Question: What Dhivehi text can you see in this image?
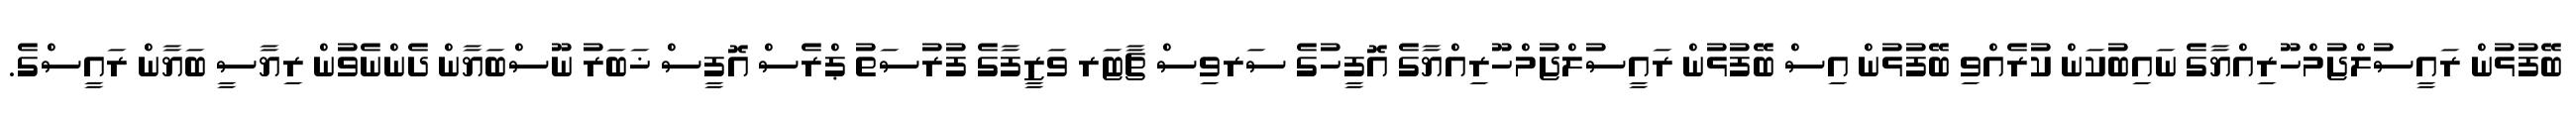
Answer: ބޭފުޅުން ރައީސުލްޖުމްހޫރިއްޔާގެ ނައިބުކަން ކުރެއްވި ބޭފުޅުން އިސް ބޭފުޅުން ރައީސުލްޖުމްހޫރިއްޔާގެ އޮފީހުގެ ސަރވިސް ޗާޓަރ ވަޒީފާގެ ފުރުސަތު ޕްރެސް އޮފީސް ޚަބަރު ނޫސްބަޔާން ދެންނެވުން ރިޔާސީ ބަޔާން ރައީސްގެ.